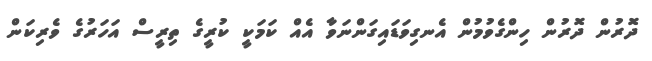
ދޮރުން ދޮރުން ހިންގެވުމުން އެނގިވަޑައިގަންނަވާ އެއް ކަމަކީ ކުރީގެ ތިރީސް އަހަރުގެ ވެރިކަން